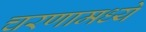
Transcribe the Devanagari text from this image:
चरणामध्ये